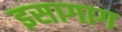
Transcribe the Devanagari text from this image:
इसागाग